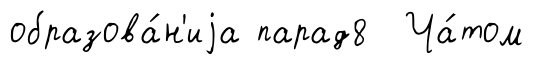
образова́н'иjа парад8 Ча́том